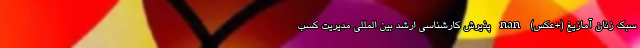
سبک زنان آمازیغ (+عکس) nan پذیرش کارشناسی ارشد بین المللی مدیریت کسب